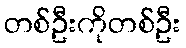
တစ်ဦးကိုတစ်ဦး